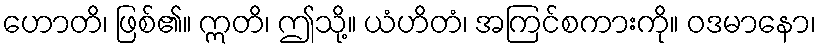
ဟောတိ၊ ဖြစ်၏။ ဣတိ၊ ဤသို့။ ယံဟိတံ၊ အကြင်စကားကို။ ဝဒမာနော၊